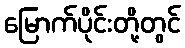
မြောက်ပိုင်းတို့တွင်